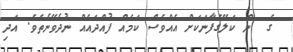
ގެ  ން ކަލޭގެފާނަކަށް އެއްވެސް ކަމެއް ފުއްދައެއް ނުދެވޭނެތެވެ. އަދި